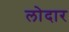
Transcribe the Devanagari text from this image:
लोदार